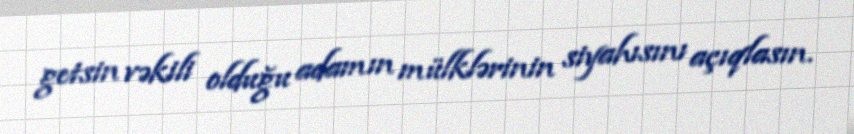
getsin vəkili olduğu adamın mülklərinin siyahısını açıqlasın.